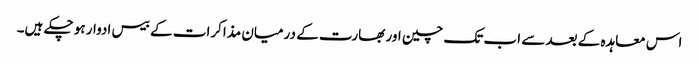
اس معاہدہ کے بعد سے اب تک چین اور بھارت کے درمیان مذاکرات کے بیس ادوار ہو چکے ہیں۔